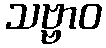
သဗ္ဗာဝ